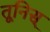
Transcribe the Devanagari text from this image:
तूनिस्